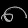
Digit: ၈